Juri_Uluots, lk 97
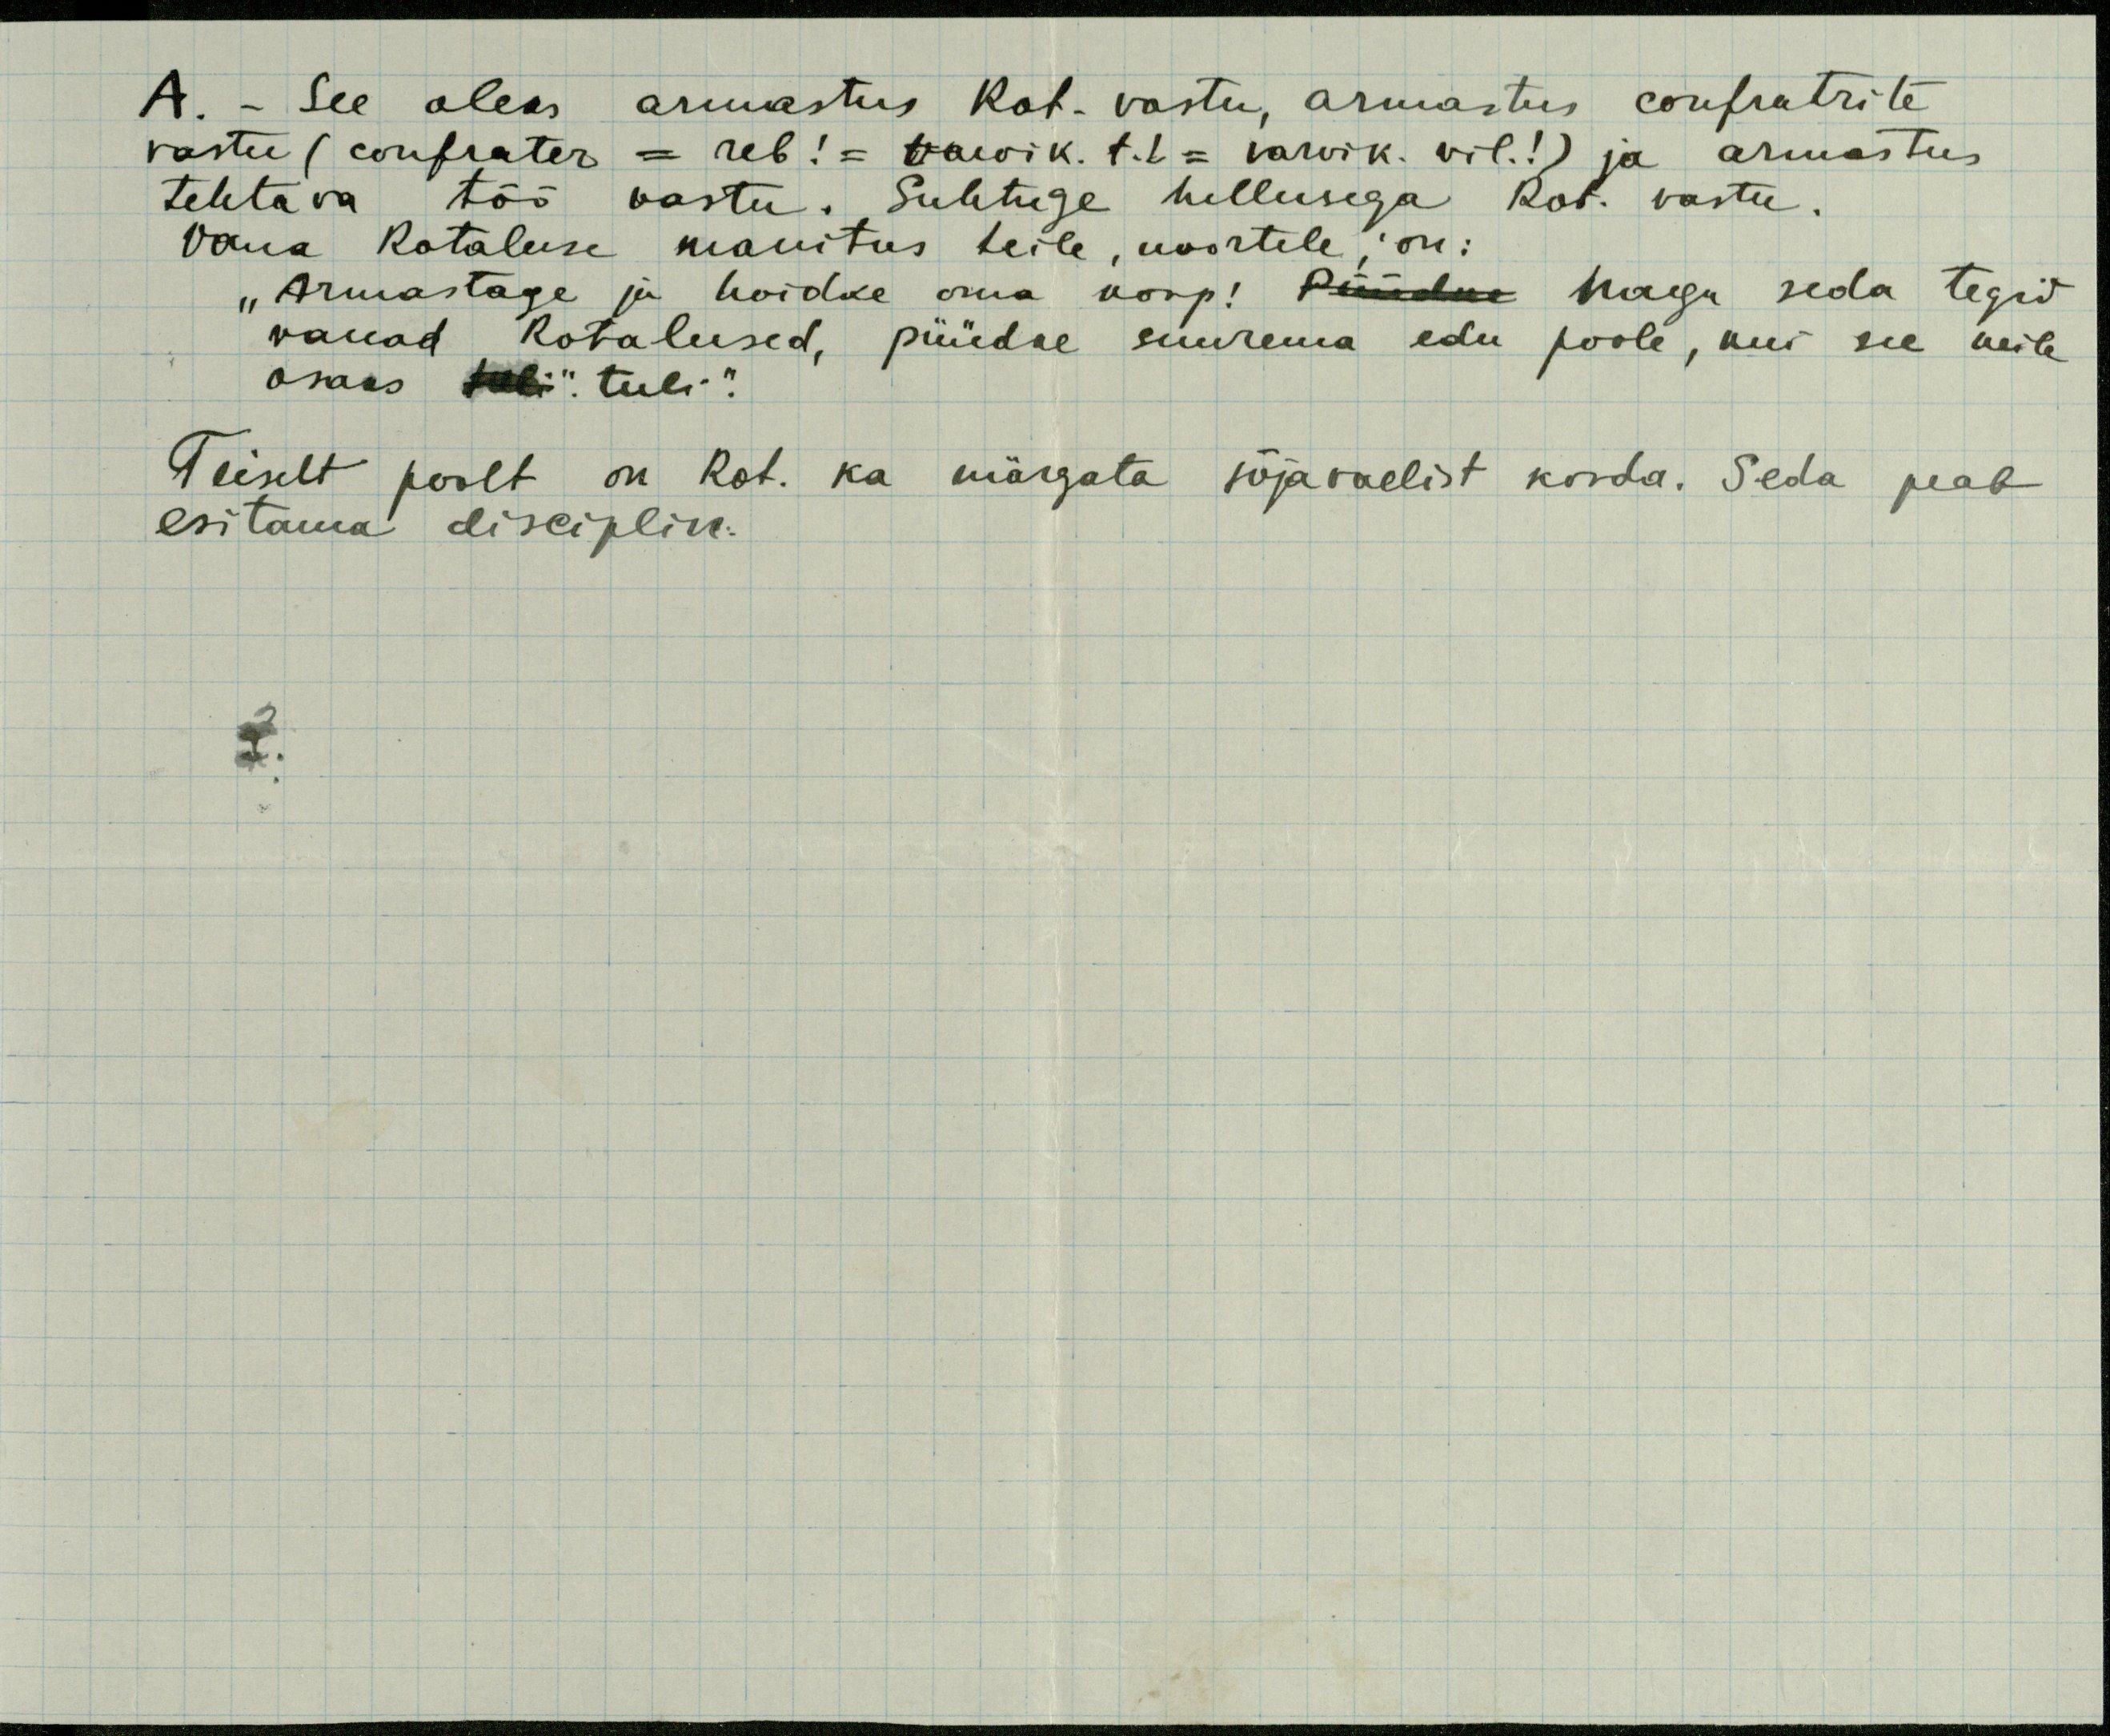
A. - See oleks armastus Rot. vastu, armastus confratrite
vastu (confrater = reb! = varvik. t.l. = varvik. vil!) ja armastus
tehtava töö vastu. Suhtuge hellusega Rot. vastu
Vana Rotaluse manitsus teile, noortele, on:
„Armastage ja hoidke oma korp! Püüdke nagu seda tegid
vanad Rotalused, püüdke suurema edu poole, kui see neile
osaks tuli". tuli.“
Teiselt poolt on Rot. ka märgata sõjavaelist korda. Seda peab
esitama disciplin.